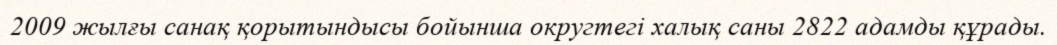
2009 жылғы санақ қорытындысы бойынша округтегі халық саны 2822 адамды құрады.